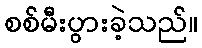
စစ်မီးပွားခဲ့သည်။